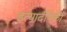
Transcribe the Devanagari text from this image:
इत्यादींपैकी